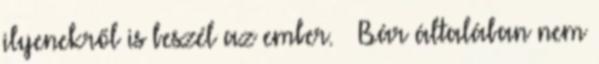
ilyenekről is beszél az ember. – Bár általában nem